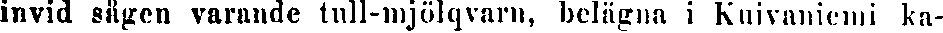
invid sägen varande tull-mjölqvarn, belägna i Kuivaniemi ka-